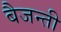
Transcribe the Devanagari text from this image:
बैजन्ती